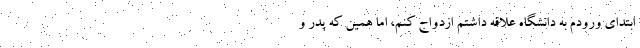
ابتدای ورودم به دانشگاه علاقه داشتم ازدواج کنم، اما همین که پدر و